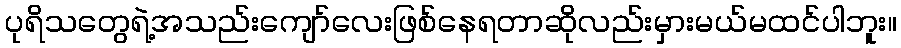
ပုရိသတွေရဲ့အသည်းကျော်လေးဖြစ်နေရတာဆိုလည်းမှားမယ်မထင်ပါဘူး။